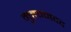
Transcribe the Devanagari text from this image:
मुहम्मदद